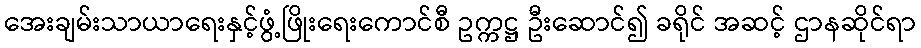
အေးချမ်းသာယာရေးနှင့်ဖွံ့ဖြိုးရေးကောင်စီ ဥက္ကဋ္ဌ ဦးဆောင်၍ ခရိုင် အဆင့် ဌာနဆိုင်ရာ